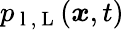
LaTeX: p_{\mathrm{~l~},\mathrm{~L~}}(\boldsymbol{x},t)